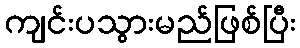
ကျင်းပသွားမည်ဖြစ်ပြီး